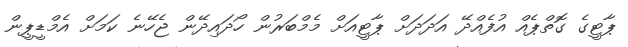
ޕާޓީގެ ގޮތްޕެއް އުފެއްދޭ އަދަދަށް ޕާޓީއަށް މެމްބަރުން ހޯދައިދޭން ޖެހޭނެ ކަމަށް އެމްޑީޕީން